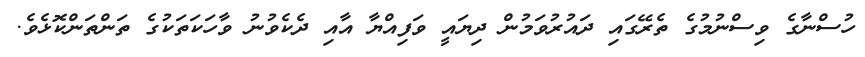
ހުސްނާގެ ވިސްނުމުގެ ތެރޭގައި ދައުރުވަމުން ދިޔައީ ވަފިއްޔާ އާއި ދެކެވުނު ވާހަކަތަކުގެ ތަންތަންކޮޅެވެ.